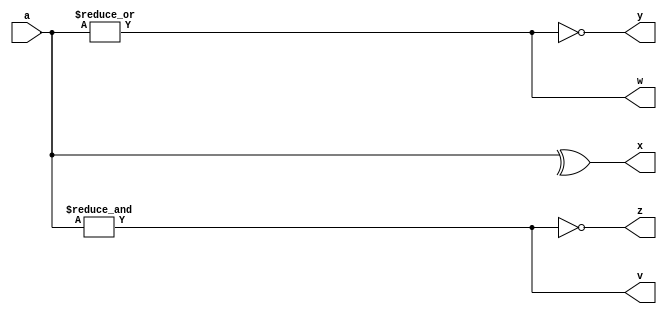
`timescale 1ns / 1ps

module logic_gate(
input wire [1:0] a,
output wire v,w,x,y,z
);
// and gate
assign v = &a;
// or gate
assign w = |a;
// xor gate
assign x = ^a;
// nor gate
assign y = ~|a;
// nand gate
assign z = ~&a;

endmodule